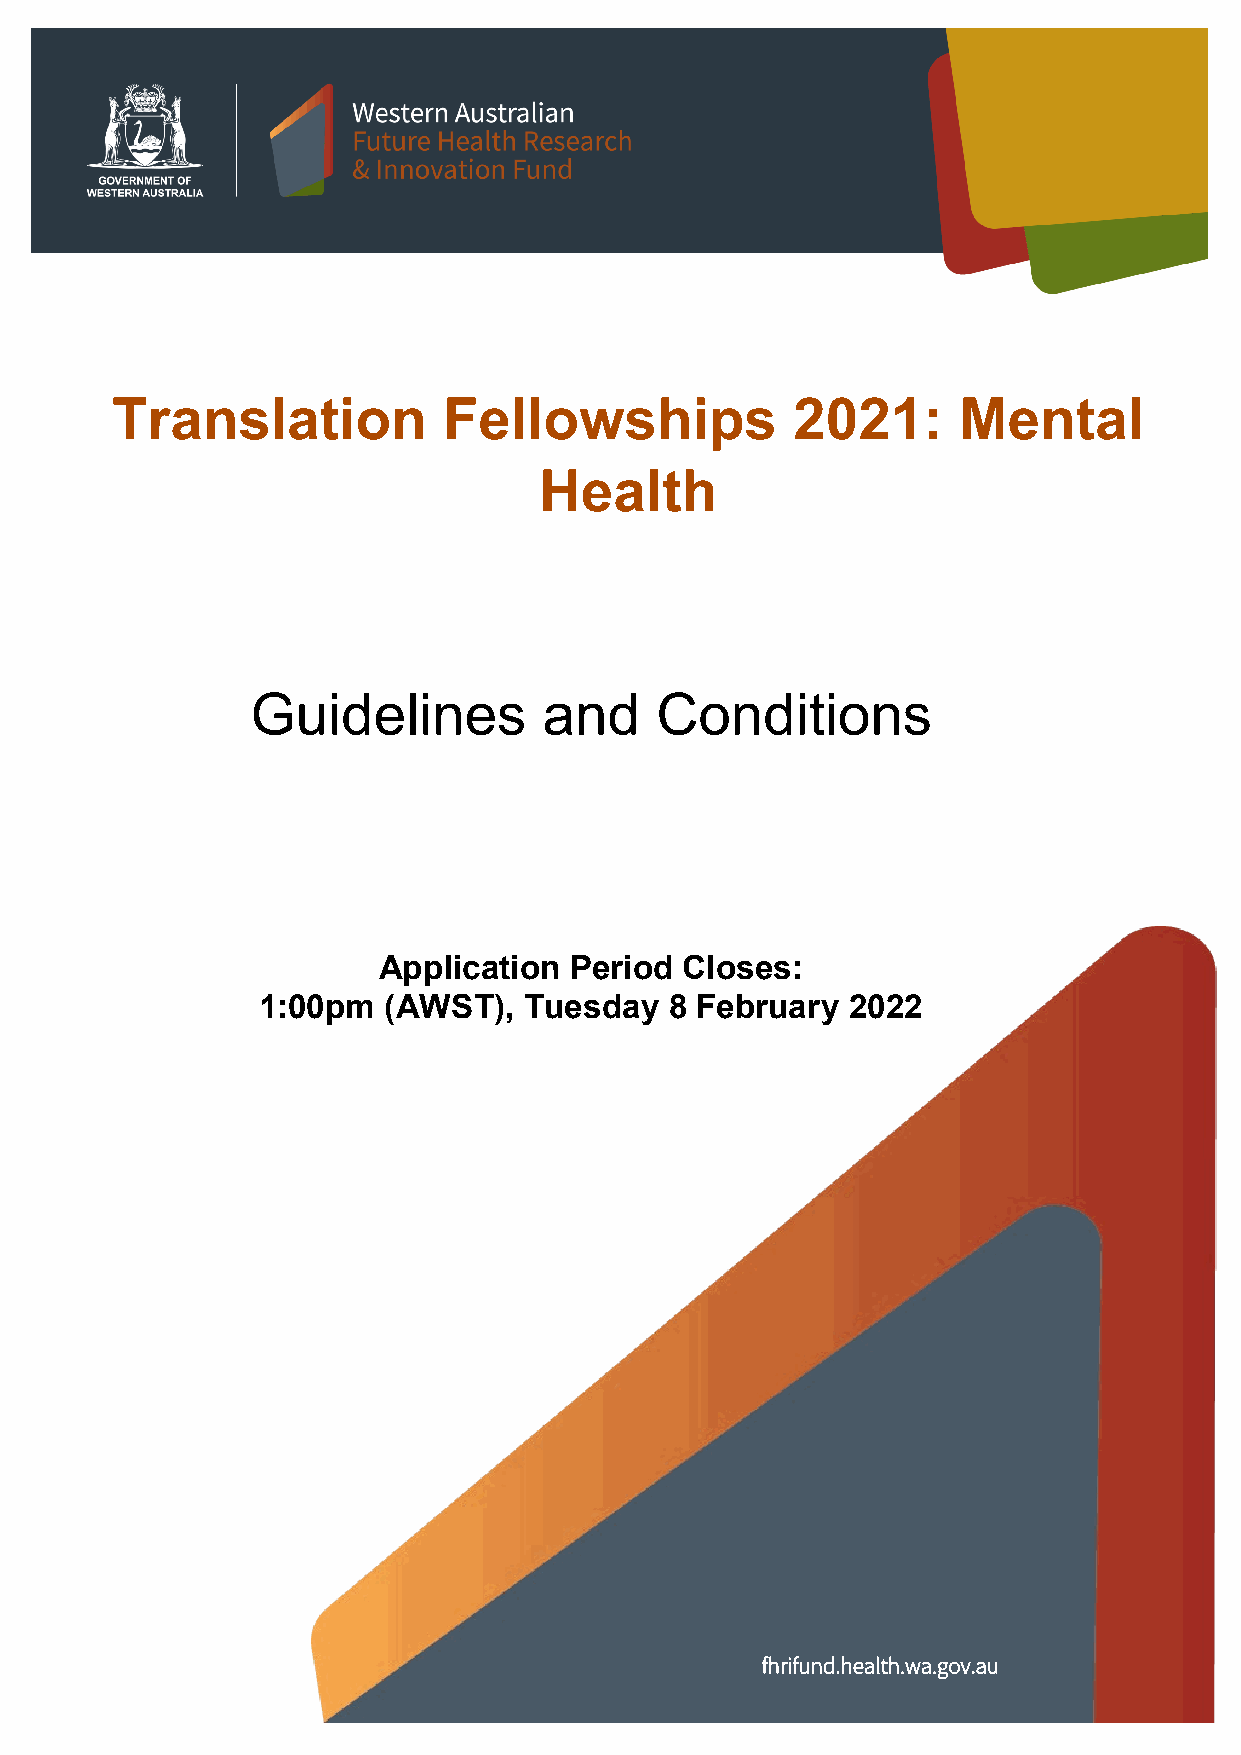
Translation           Fellowships            2021:      Mental
 Health
 Guidelines         and    Conditions
 Application  Period Closes:
 1:00pm  (AWST),   Tuesday  8 February  2022
 fhrifund.health.wa.gov.au